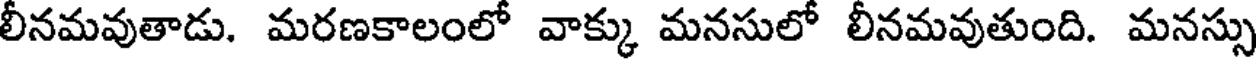
లీనమవుతాడు. మరణకాలంలో వాక్కు మనసులో లీనమవుతుంది. మనస్సు